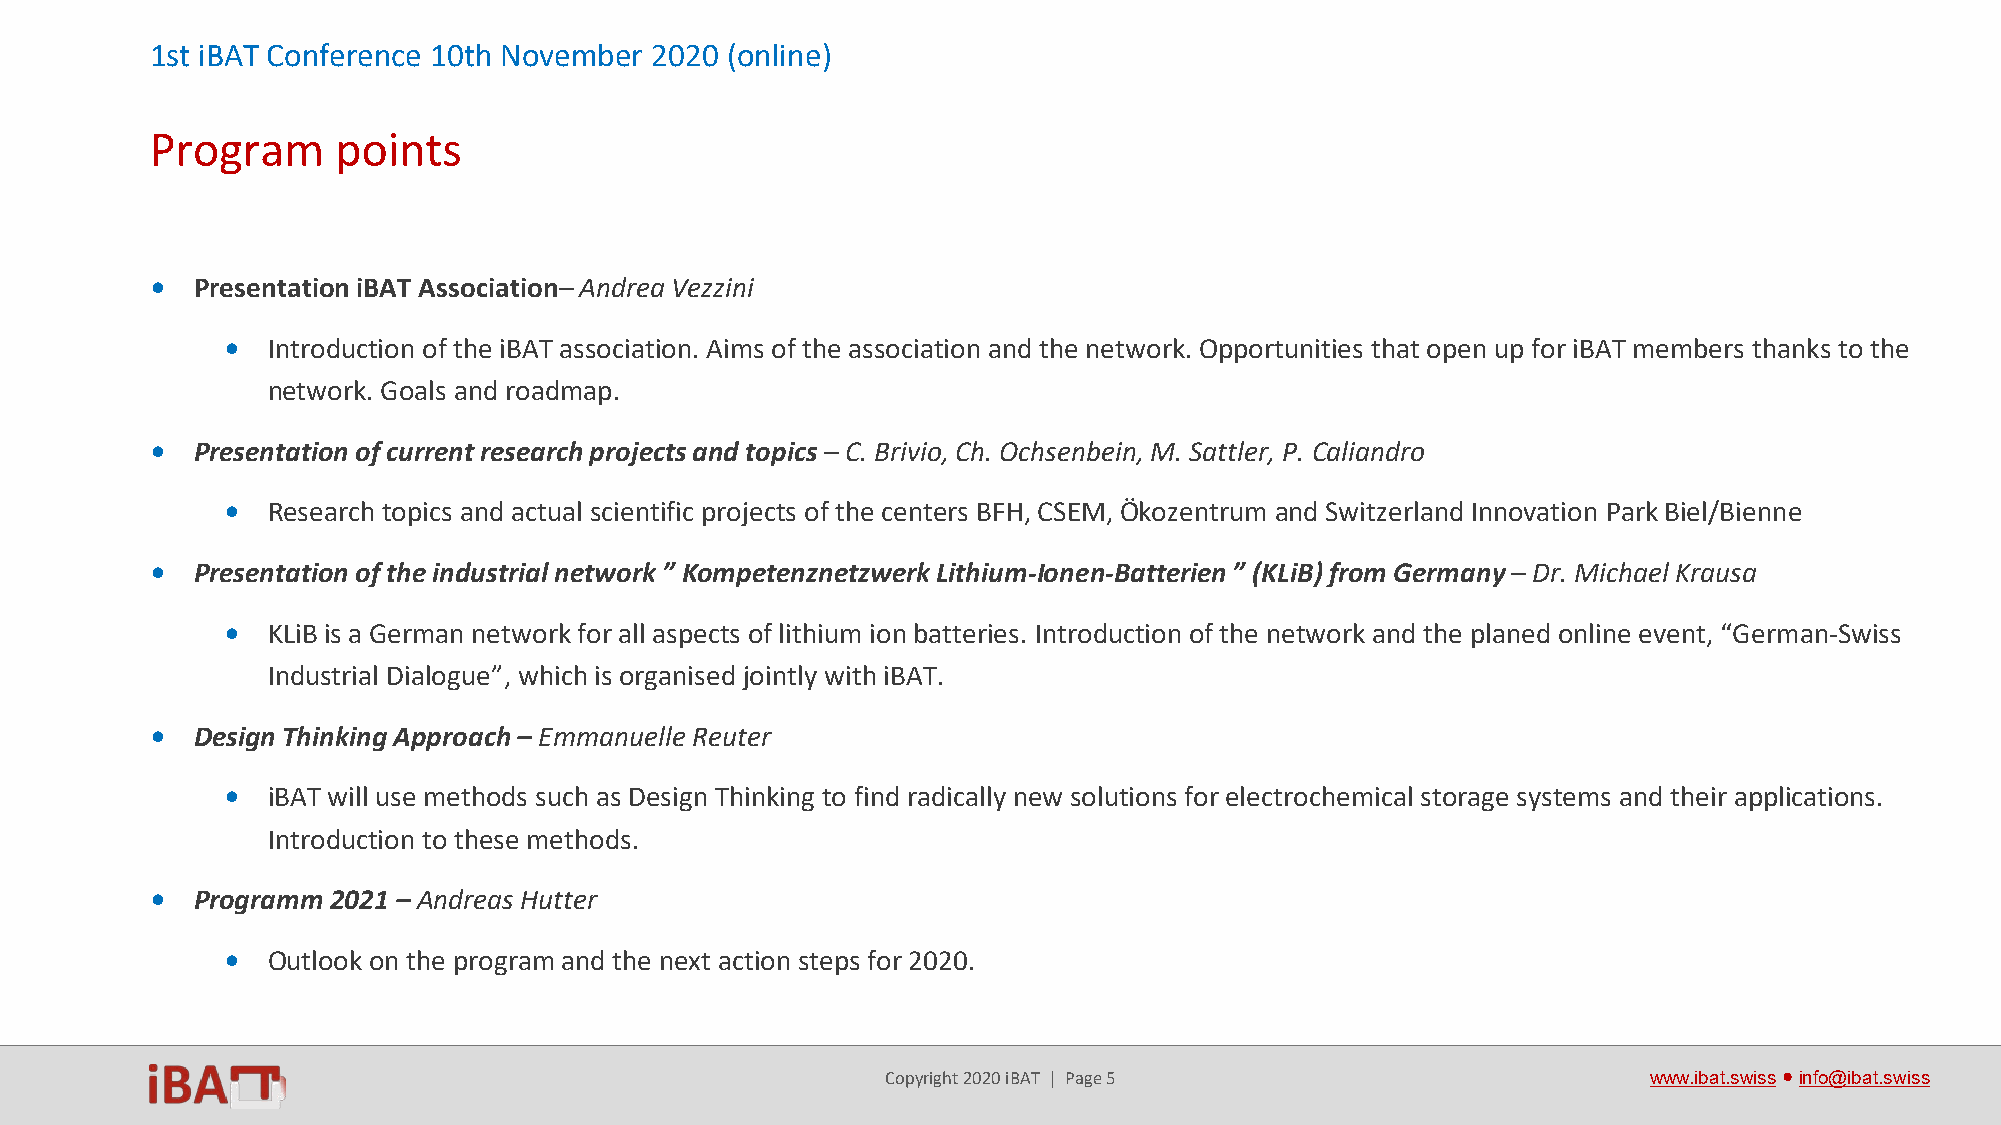
1st iBAT Conference 10th November 2020 (online)
 Program     points
 •  Presentation iBAT Association–Andrea Vezzini
 •  Introduction of the iBAT association. Aims of the association and the network. Opportunities that open up for iBAT members thanks to the
 network. Goals and roadmap.
 •  Presentation of current research projects and topics – C. Brivio, Ch. Ochsenbein, M. Sattler, P. Caliandro
 •  Research topics and actual scientific projects of the centers BFH, CSEM, Ökozentrum and Switzerland Innovation Park Biel/Bienne
 •  Presentation of the industrial network ” KompetenznetzwerkLithium-Ionen-Batterien ” (KLiB) from Germany– Dr. Michael Krausa
 •  KLiB is a German network for all aspects of lithium ion batteries. Introduction of the network and the planed online event, “German-Swiss
 Industrial Dialogue”, which is organised jointly with iBAT.
 •  Design Thinking Approach – Emmanuelle Reuter
 •  iBAT will use methods such as Design Thinking to find radically new solutions for electrochemical storage systems and their applications.
 Introduction to these methods.
 •  Programm2021 – Andreas Hutter
 •  Outlook on the program and the next action steps for 2020.
 Copyright 2020 iBAT | Page 5                      www.ibat.swiss●info@ibat.swiss